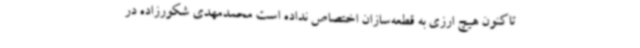
تاکنون هیچ ارزی به قطعه‌سازان اختصاص نداده است محمدمهدی شکورزاده در